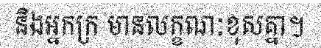
និងអ្នកក្រ មានលក្ខណៈខុសគ្នា។